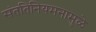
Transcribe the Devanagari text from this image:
संततिनियमनामुळे